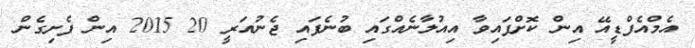
އެމްއެފްޑީއޭ އިން ކޮށްފައިވާ އިއުލާނެއްގައި ބުނެފައި ޖެނުއަރީ 20 2015 އިން ފެށިގެން